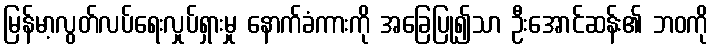
မြန်မာ့လွတ်လပ်ရေးလှုပ်ရှားမှု နောက်ခံကားကို အခြေပြု၍သာ ဦးအောင်ဆန်း၏ ဘဝကို